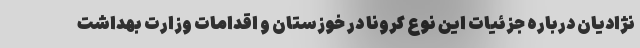
‌نژادیان درباره جزئیات این نوع کرونا در خوزستان و اقدامات وزارت بهداشت